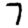
Digit: 7